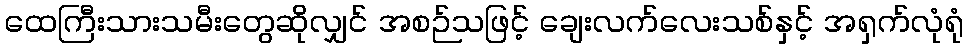
ထေကြီးသားသမီးတွေဆိုလျှင် အစဉ်သဖြင့် ချေးလက်လေးသစ်နှင့် အရှက်လုံရုံ